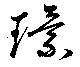
環